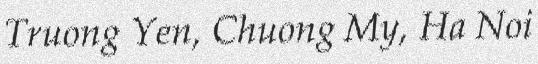
Truong Yen, Chuong My, Ha Noi